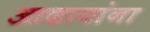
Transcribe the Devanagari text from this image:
आढावांना